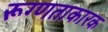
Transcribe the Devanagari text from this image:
रूग्णताकारक